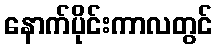
နောက်ပိုင်းကာလတွင်